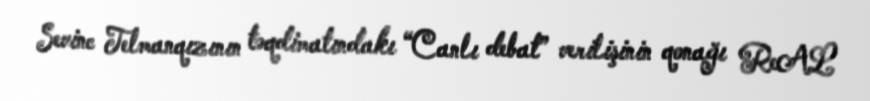
Sevinc Telmanqızının təqdimatındakı “Canlı debat” verilişinin qonağı ReAL